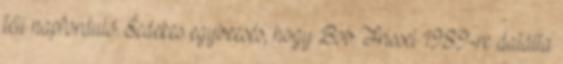
téli napforduló. Éedekes egybeesés, hogy Bob Frissel 1989-re datálta